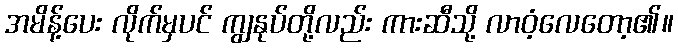
အမိန့်ပေး လိုက်မှပင် ကျွနုပ်တို့လည်း ကားဆီသို့ လာဝံ့လေတော့၏။